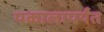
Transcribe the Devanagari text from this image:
पकालापर्यंत